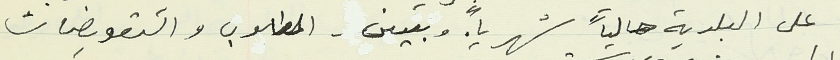
على البلدية حالياً شهرياً. وبين - المطلوب والتعويضات